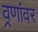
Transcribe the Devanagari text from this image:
व्रणांवर